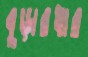
বুড়ারধার